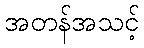
အတန်အသင့်